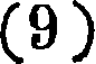
(9 )